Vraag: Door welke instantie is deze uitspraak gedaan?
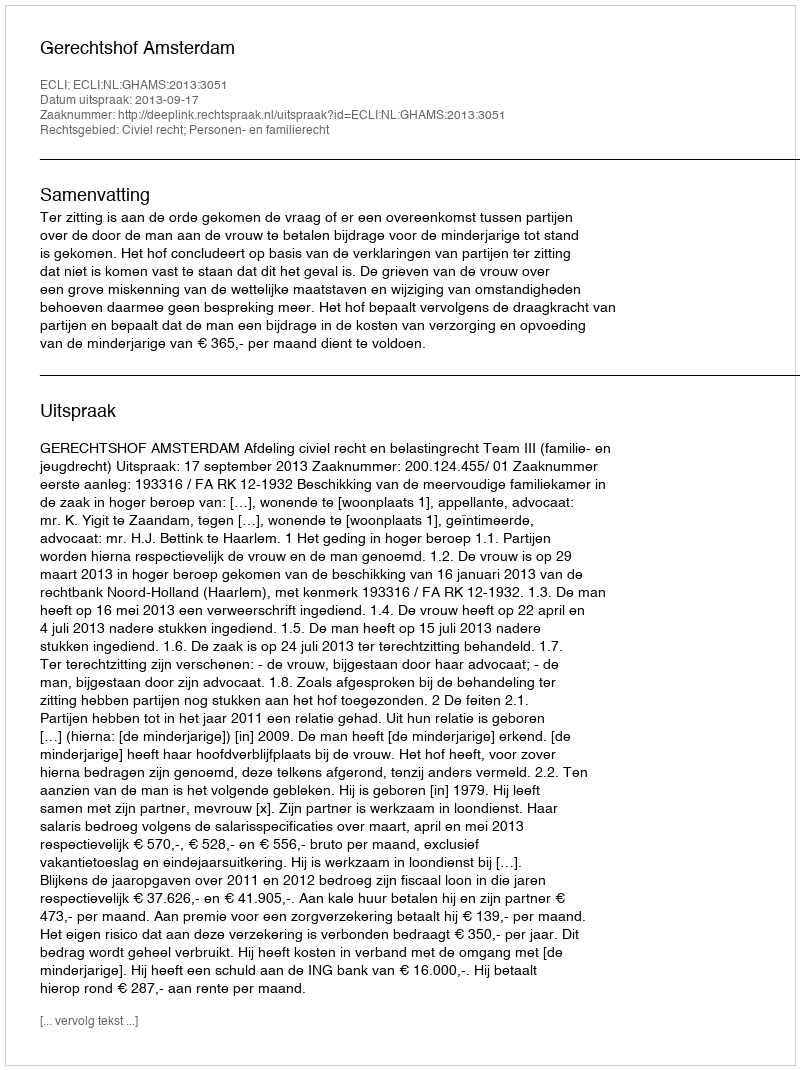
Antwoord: Gerechtshof Amsterdam